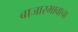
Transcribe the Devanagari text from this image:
बाजारभावाचा